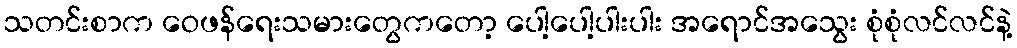
သတင်းစာက ဝေဖန်ရေးသမားတွေကတော့ ပေါ့ပေါ့ပါးပါး အရောင်အသွေး စုံစုံလင်လင်နဲ့